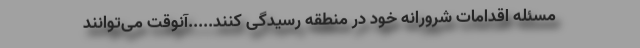
مسئله اقدامات شرورانه خود در منطقه رسیدگی کنند.....آنوقت می‌توانند